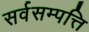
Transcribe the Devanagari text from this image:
सर्वसम्पत्ति